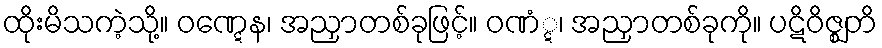
ထိုးမိသကဲ့သို့။ ဝဏ္ဋေန၊ အညှာတစ်ခုဖြင့်။ ဝဏံ္ဋ၊ အညှာတစ်ခုကို။ ပဋိဝိဇ္ဈတိ